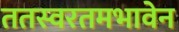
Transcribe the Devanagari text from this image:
ततस्वरतमभावेन